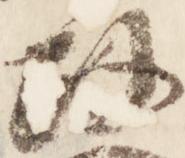
政